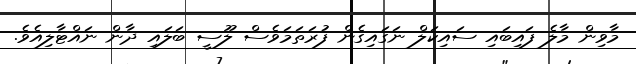
މާވިން މާލެ ފައިބައި ސައިކަލް ނަގައިގެން ފުރަތަމަވެސް ލޫސީ ބަލައި ދާން ނައްޓާލިއެވެ.